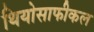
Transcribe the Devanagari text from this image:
थियोसाफीकल